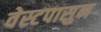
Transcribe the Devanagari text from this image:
वेस्टपासुन